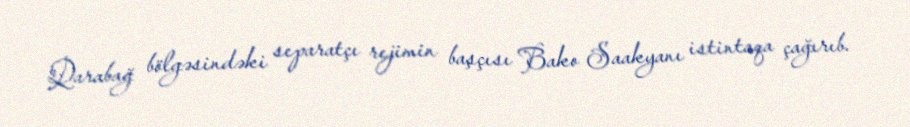
Qarabağ bölgəsindəki separatçı rejimin başçısı Bako Saakyanı istintaqa çağırıb.